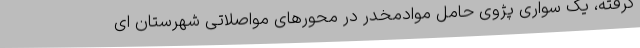
گرفته، یک سواری پژوی حامل موادمخدر در محورهای مواصلاتی شهرستان ای